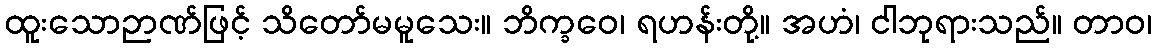
ထူးသောဉာဏ်ဖြင့် သိတော်မမူသေး။ ဘိက္ခဝေ၊ ရဟန်းတို့။ အဟံ၊ ငါဘုရားသည်။ တာဝ၊